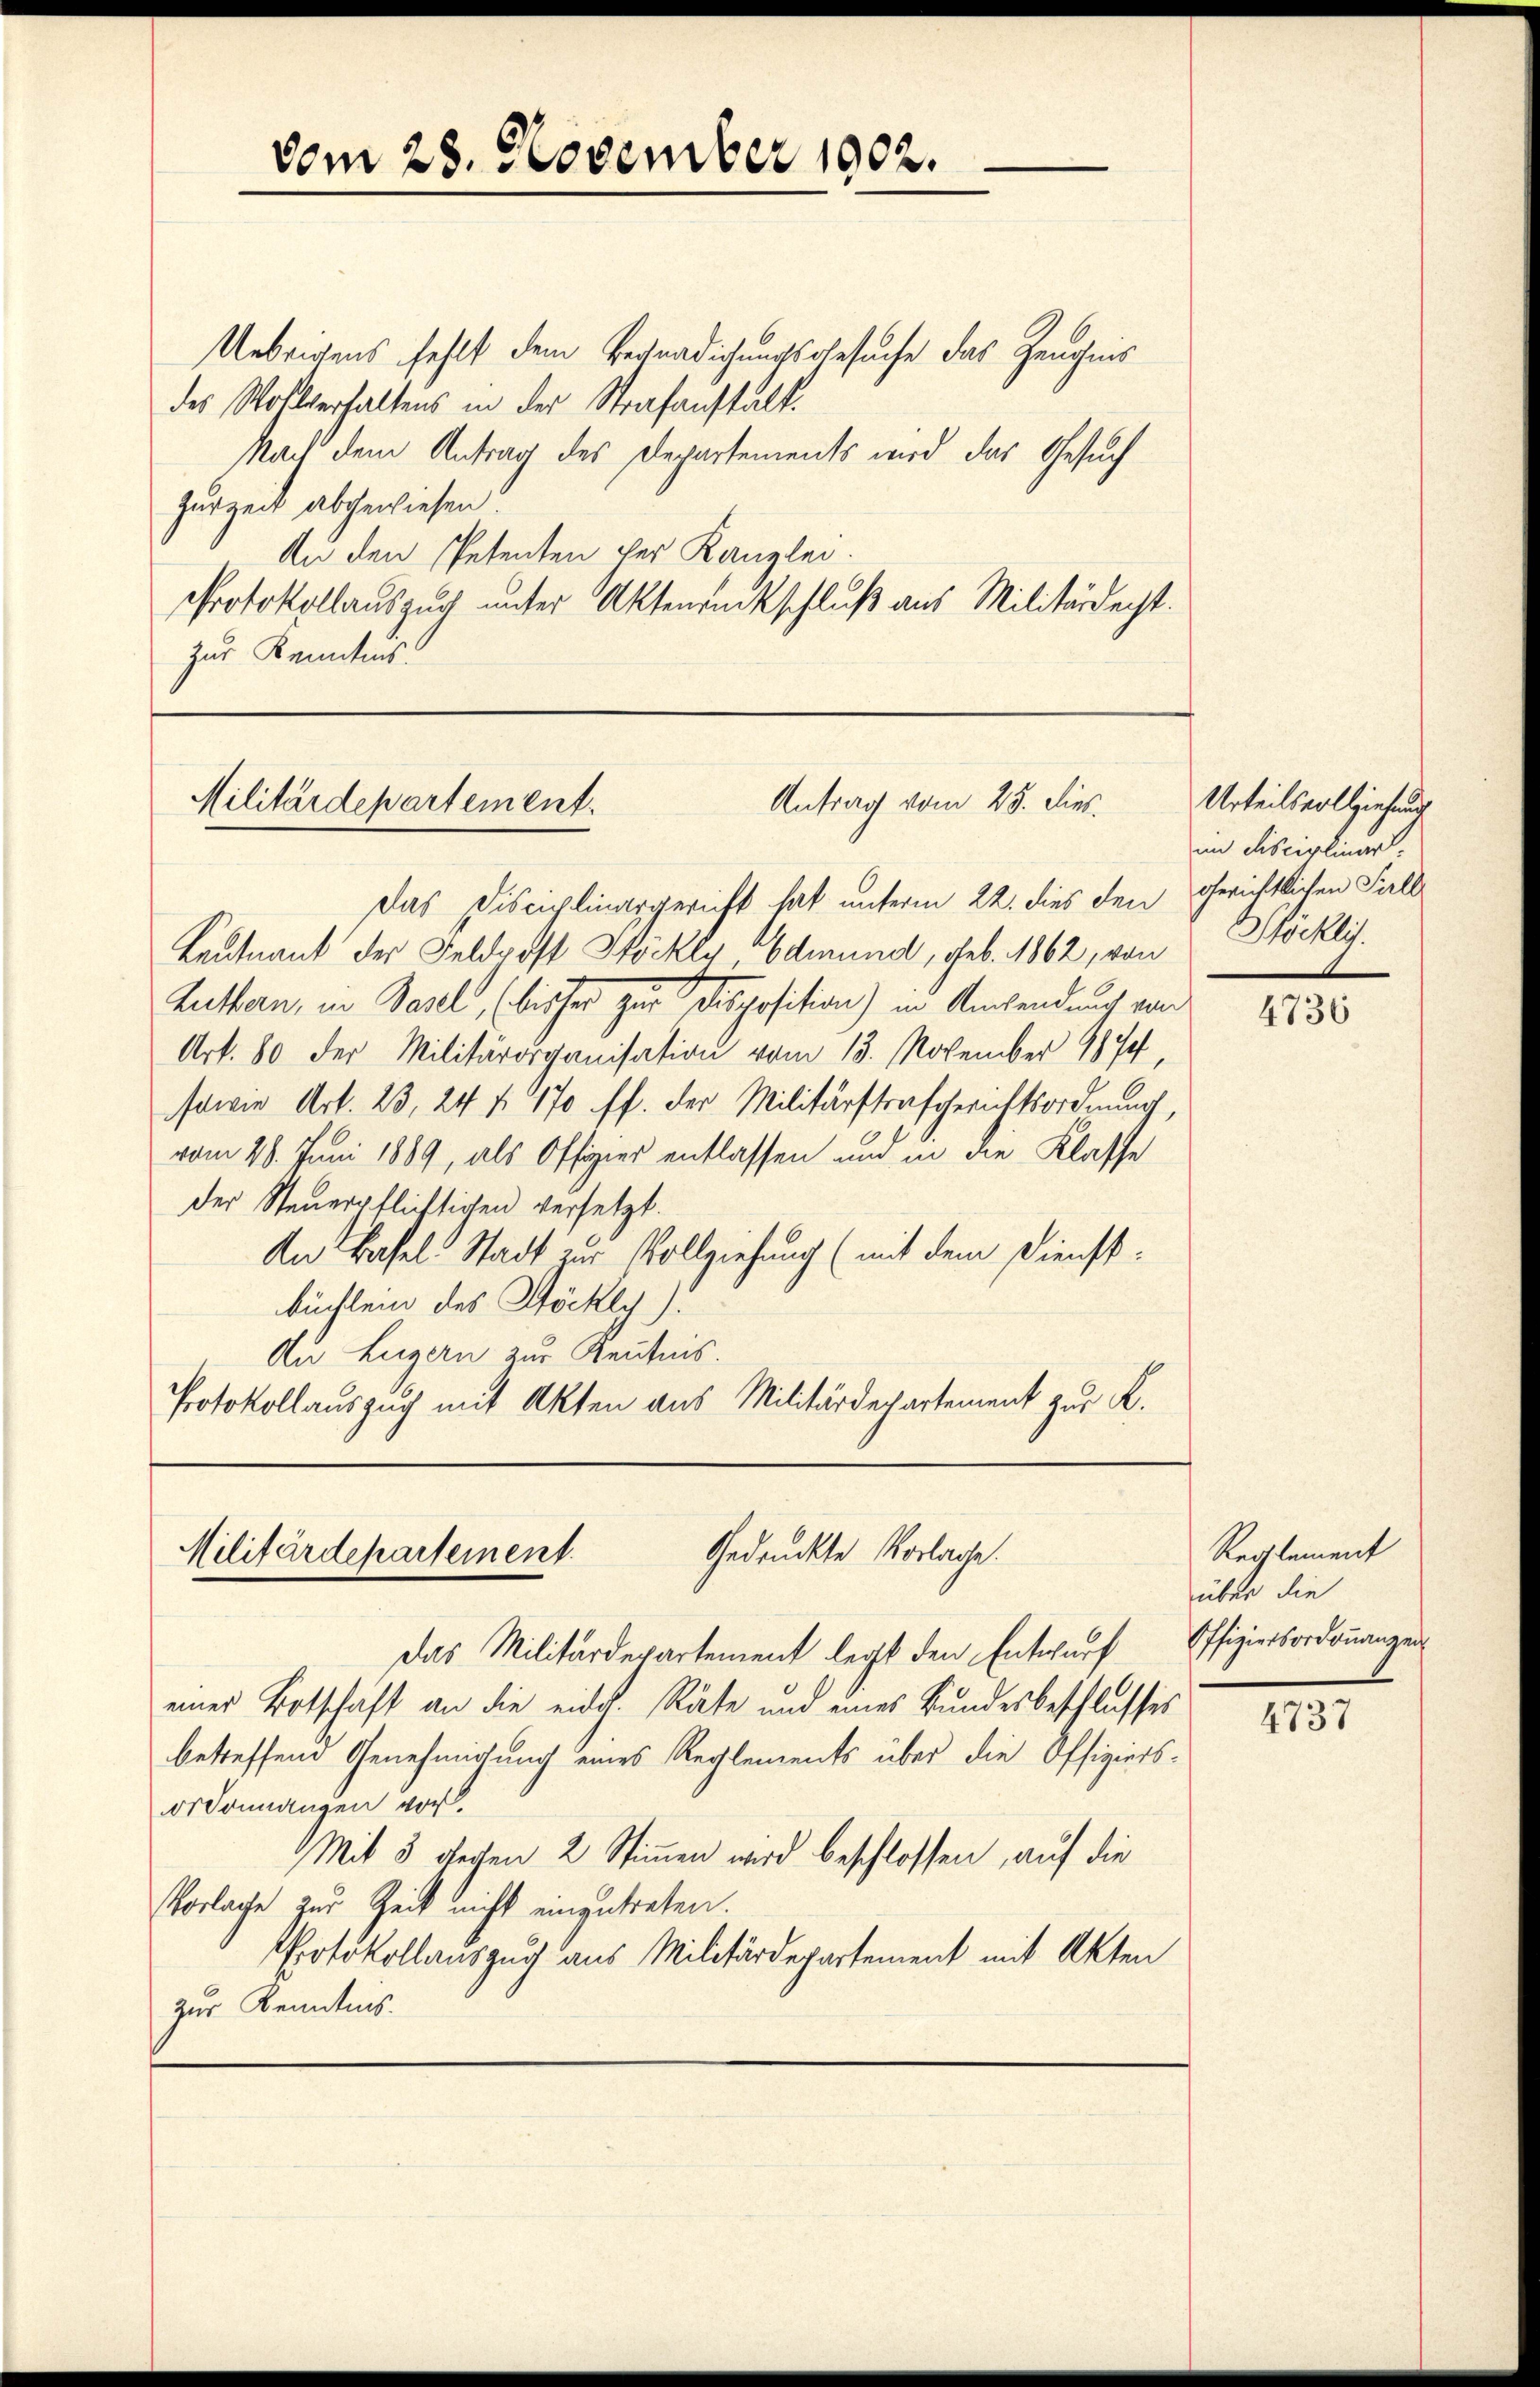
Uebrigens fehlt dem Begnadigungsgesuche das Zeugnis
des Wohlverhaltens in der Strafanstält.
Nach dem Antrag des Departements wird das Gesuch
zurzeit abgewiesen:
An den Petenten her Kanzlei.
Protokollauszug unter Aktenrückschluß aus Militärrecht.
zur Kenntnis:

vom 28. November 1902.

Antrag vom 25. dies.
Militärdepartement.

Das Disciplinargericht hat unterm 22. dies den Gerichtlichen Fall
Leutnant der Feldroft Stöckly, Edmund, geb. 1862, von
Zuthan, in Basel, (bisher zur Disposition) in Amtendung von
Art. 80 der Militärorganisation vom 13. November 1874,
sowie Art. 23, 24 f. 170 ff. der Militärstrafgerichtsordnung,
vom 28. Juni 1889, als Offizier entlassen und in die Klasse
der Steuerpflichtigen versetzt.
An Basel Stadt zur Vollziehung (mit dem Dienst-
büchlein des Höckly)
An Luzern zur Kenntnis.
Protokollauszuch mit Akten aus Militärdepartement zur K.

Gedruckte Vorlage.
Militärdepartement

Das Militärdepartement legt den Entwurf
einer Botschaft an die eidch. Räte und eines Bundesbeschlusses
betreffene Genehmigung eines Reglements über die Offiziersordonnangen vor.
Mit 5 gechen 2 Stimmen wird beschlossen, auf die
Vorlache zur Zeit nicht einzutreten.
Protokollauszug aus Militärdepartement mit Akten
zur Kenntnis.

Urteilsvollziehung
im Disciplinar.
Böcklit.

4736

Reglement
über die
Offiziersordonanzen
4737